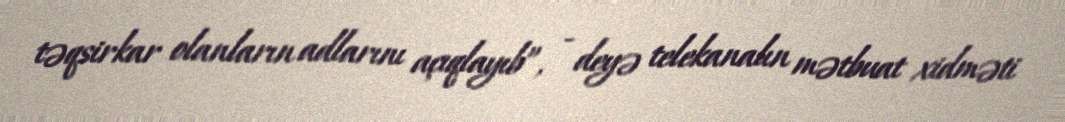
təqsirkar olanların adlarını açıqlayıb”, - deyə telekanalın mətbuat xidməti